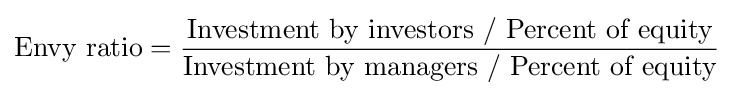
{\mbox{Envy ratio}}={{\mbox{Investment by investors / Percent of equity}} \over {\mbox{Investment by managers / Percent of equity}}}